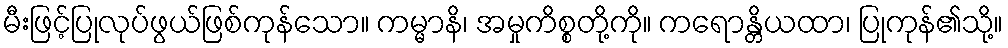
မီးဖြင့်ပြုလုပ်ဖွယ်ဖြစ်ကုန်သော။ ကမ္မာနိ၊ အမှုကိစ္စတို့ကို။ ကရောန္တိယထာ၊ ပြုကုန်၏သို့။